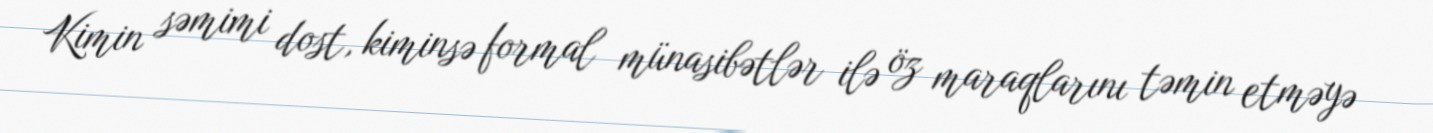
Kimin səmimi dost, kiminsə formal münasibətlər ilə öz maraqlarını təmin etməyə